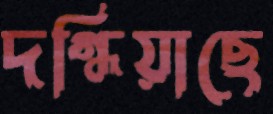
দগ্ধিয়াছে